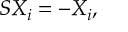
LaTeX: S X _ { i } = - X _ { i } ,